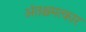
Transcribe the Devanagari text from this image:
अंतश्चमत्कार